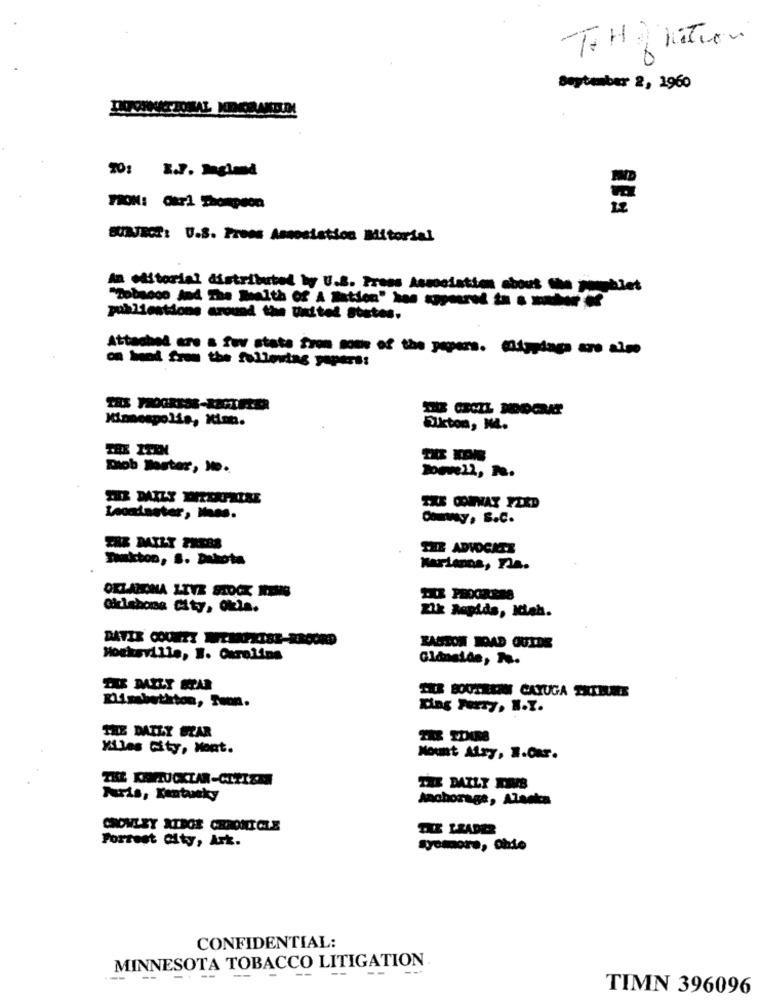
Soytember 2, 1960
MION: Okr1 Thompson
SUBJECT: U.S. Press Association Mitorial
An editorial distributed by U.S. Press Association about the Booklet
publications around the united States.
Attached ans & for shatet
TAX PROGRESS-RECTIFIER
Elkton, Ma.
Diob Master, Je.
Loondaster, M
Commay , S. C.
SHE MILT PRESS
THE ADVOCATE
Takton, S. Dakota
Marianna, Fla.
OKLAHOMA LIVE STOCK NING
Gkishona city, Okla.
Zik Rapids, Mah.
RAUTOR IDAD OUTDE
Mocksville, W. Carolina
Glanside, No.
Elisabethton, Teon.
King Ferry, N.Y.
THE DAILY STAR
Miles City, Mont.
Nout Alsy, W.Oar.
THE DAILY KIMB
Turis, Kentucky
anchorage, Alantes
THE LEADER
Forrest City, Art.
CONFIDENTIAL:
MINNESOTA TOBACCO LITIGATION
---
TIMN 396096